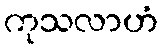
ကုသလာဟံ